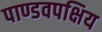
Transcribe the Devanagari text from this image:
पाण्डवपक्षिय